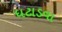
ધટાડવા